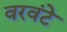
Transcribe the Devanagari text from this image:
वरवंटे